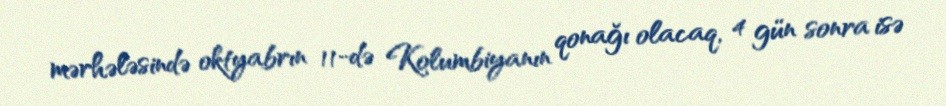
mərhələsində oktyabrın 11-də Kolumbiyanın qonağı olacaq, 4 gün sonra isə